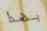
بهذا